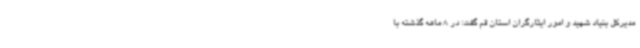
مدیرکل بنیاد شهید و امور ایثارگران استان قم گفت: در 8 ماهه گذشته با